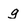
Character: g